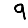
Digit: 9